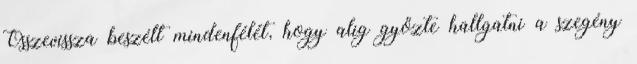
Összevissza beszélt mindenfélét, hogy alig győzte hallgatni a szegény